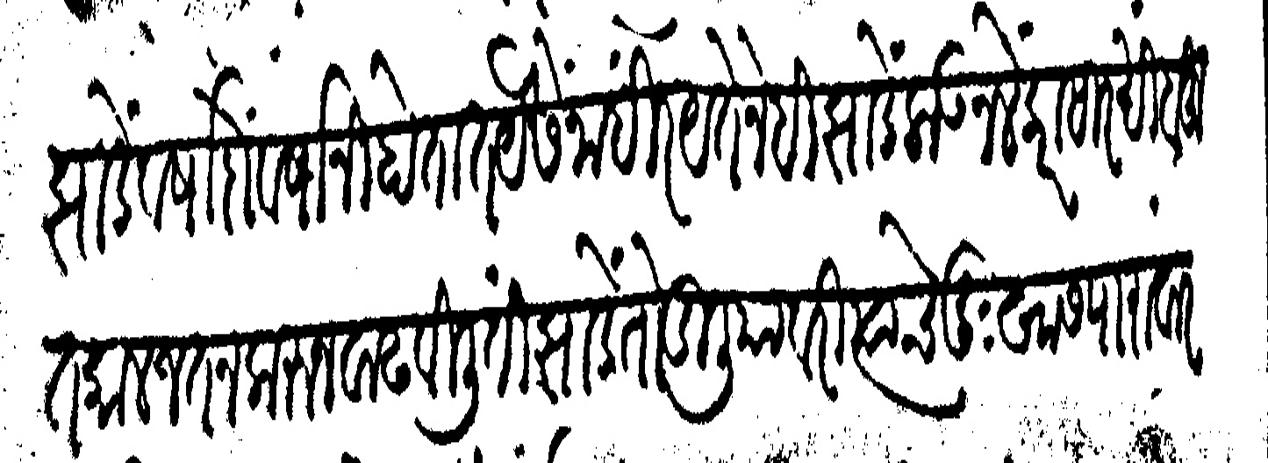
Transliteration (Devanagari): झाडें वर्षा दों वर्षानी होतात यैसें नाहीं रयतेने हीं झाडें लाऊन लेंकरांसारखी बहूत काल जतन करून वाढवीलीं ती झाडे तोडीली यावरी त्याचे दूःखास पारावार